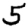
Digit: 5